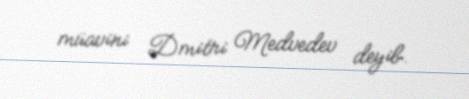
müavini Dmitri Medvedev deyib.